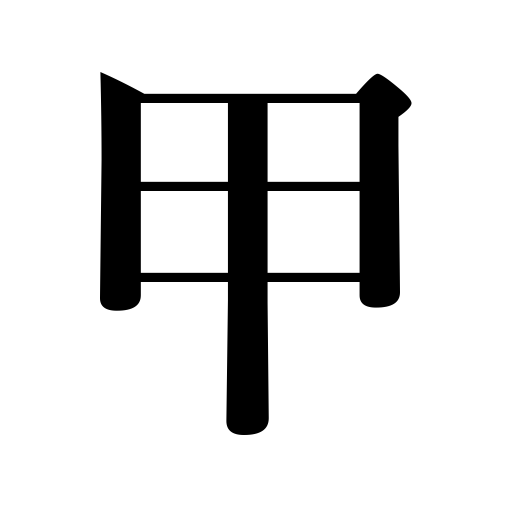
Meanings: high voice,instep,armor,shell,carapace,tortoise shell,first class； former； back of the hand